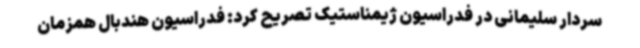
سردار سلیمانی در فدراسیون ژیمناستیک تصریح کرد: فدراسیون هندبال همزمان